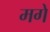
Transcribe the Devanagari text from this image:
मगे